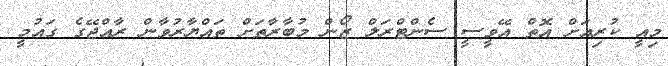
މިއީ ކުރިއަށް އޮތް އޭވީސީ ސެންޓްރަލް ޒޯން މުބާރާތަށް ތައްޔާރުވާން ރާއްޖޭގެ ގައުމީ